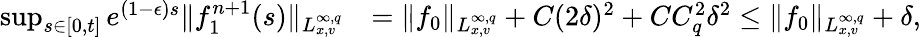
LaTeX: \begin{array}{rl}{\operatorname*{sup}_{s\in[0,t]}e^{(1-\epsilon)s}\| f_{1}^{n+1}(s)\| _{L_{x,v}^{\infty,q}}}&{=\| f_{0}\| _{L_{x,v}^{\infty,q}}+C(2\delta)^{2}+CC_{q}^{2}\delta^{2}\leq\| f_{0}\| _{L_{x,v}^{\infty,q}}+\delta,}\end{array}